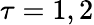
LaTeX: \tau=1,2